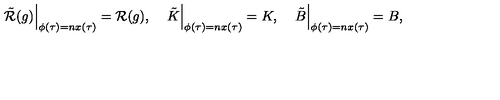
\left. \tilde { { \cal R } } ( g ) \right\vert \sb { \phi ( \tau ) = n x ( \tau ) } = { \cal R } ( g ) , \quad \left. \tilde { K } \right\vert \sb { \phi ( \tau ) = n x ( \tau ) } = K , \quad \left. \tilde { B } \right\vert \sb { \phi ( \tau ) = n x ( \tau ) } = B ,